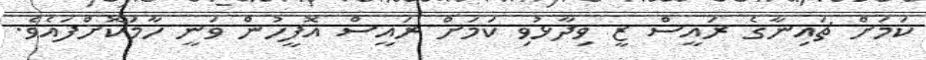
ކަމަށް ޗައިނާގެ ރައީސް ޒީ ވިދާޅުވި ކަމަށް ރައީސް އޮފީހުން ވަނީ ހާމަކޮށްފައެވެ.